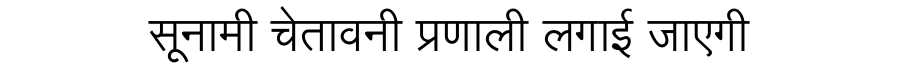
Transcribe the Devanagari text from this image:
सूनामी चेतावनी प्रणाली लगाई जाएगी